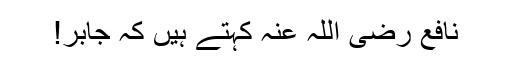
نافع رضی اللہ عنہ کہتے ہیں کہ جابر!